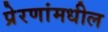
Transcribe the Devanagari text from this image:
प्रेरणांमधील